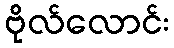
ဗိုလ်လောင်း